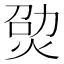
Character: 𤉎